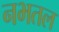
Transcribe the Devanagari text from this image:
नभतल